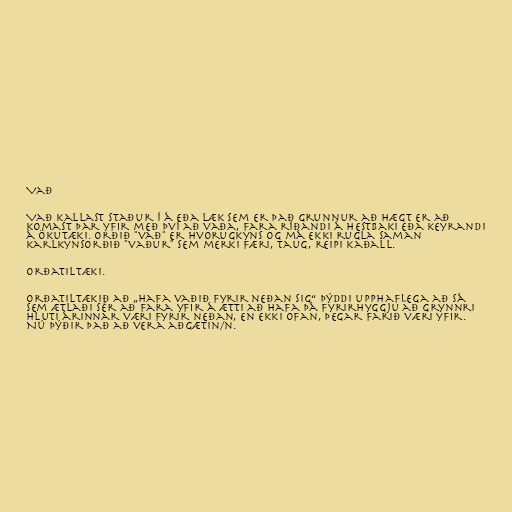
Vað

Vað kallast staður í á eða læk sem er það grunnur að hægt er að
komast þar yfir með því að vaða, fara ríðandi á hestbaki eða keyrandi
á ökutæki. Orðið "vað" er hvorugkyns og má ekki rugla saman
karlkynsorðið "vaður" sem merki færi, taug, reipi kaðall.

Orðatiltæki.

Orðatiltækið að „hafa vaðið fyrir neðan sig“ þýddi upphaflega að sá
sem ætlaði sér að fara yfir á ætti að hafa þá fyrirhyggju að grynnri
hluti árinnar væri fyrir neðan, en ekki ofan, þegar farið væri yfir.
Nú þýðir það að vera aðgætin/n.